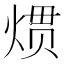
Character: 𱫜